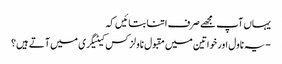
یہاں آپ مجھے صرف اتنا بتائیں کہ
-یہ ناول اور خواتین میں مقبول ناولز کس کیٹیگری میں آتے ہیں؟